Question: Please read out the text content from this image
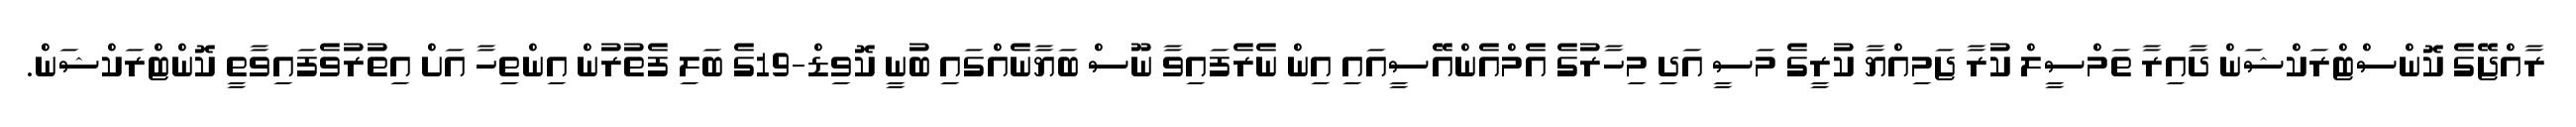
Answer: ރާއްޖޭގެ ކޮންސްޓްރަކްޝަން ދާއިރާ ތަމްސީލް ކުރާ ޖަމިއްޔާ ކުރީގެ މަސީ އަދި މިހާރުގެ އެމްއެންއޭސީއައި އިން ނެރެފައިވާ ނޫސް ބަޔާނެއްގައި ބުނީ ކޮވިޑް-19ގެ ބަލި ފެތުރުން އިންތިހާ އަށް އިތުރުވެފައިވާތީ ކޮންޓްރަކްޝަން.